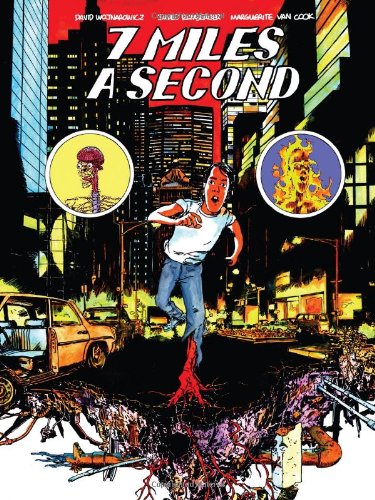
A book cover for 7 Miles A Second; David Wojnarowicz; Comics & Graphic Novels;